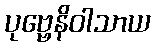
ပုဗ္ဗေနိဝါသာယ